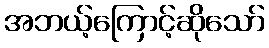
အဘယ့်ကြောင့်ဆိုသော်